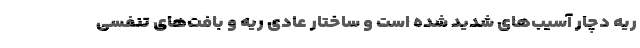
ریه دچار آسیب‌های شدید شده است و ساختار عادی ریه و بافت‌های تنفسی